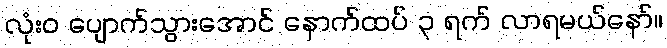
လုံးဝ ပျောက်သွားအောင် နောက်ထပ် ၃ ရက် လာရမယ်နော်။